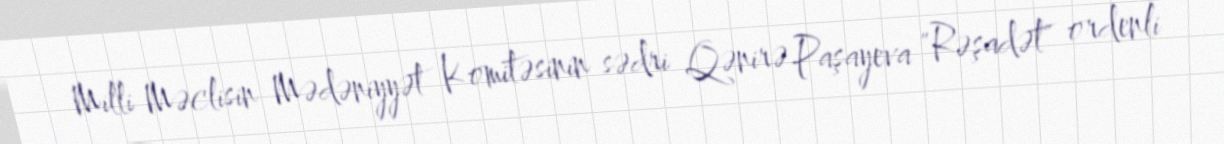
Milli Məclisin Mədəniyyət Komitəsinin sədri Qənirə Paşayeva "Rəşadət" ordenli